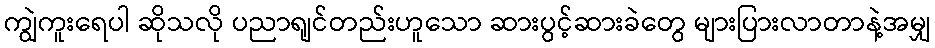
ကျွဲကူးရေပါ ဆိုသလို ပညာရျင်တည်းဟူသော ဆားပွင့်ဆားခဲတွေ များပြားလာတာနဲ့အမျှ